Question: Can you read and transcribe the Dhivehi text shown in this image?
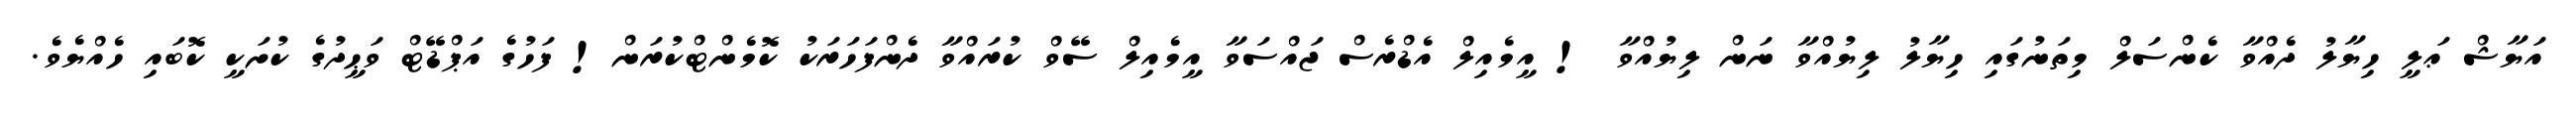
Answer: އަޔާޝް ޢަލީ ހިޔާލު ދެއްވާ ކެންސަލް މިތަނުގައި ހިޔާލު ލިޔުއްވާ ނަން ލިޔުއްވާ ! އީމެއިލް އެޑްރެސް ޖައްސަވާ އީމެއިލް ސޭވް ކުރައްވާ ދެންފަހަރަކު ކޮމެންޓްކުރަން! ފަހުގެ އަޕްޑޭޓް ވަޙީދުގެ ކުށަކީ ކޮބައި ހެއްޔެވެ.